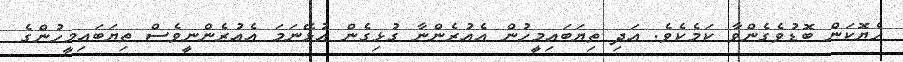
ހެޔޮކަން ބޮޑުވެގެންވާ ކަމެކެވެ. އަދި ތިޔަބައިމީހުން އެއުރެންނާ ގުޅިގެން އުޅޭނަމަ އެއުރެންނީވެސް ތިޔަބައިމީހުންގެ